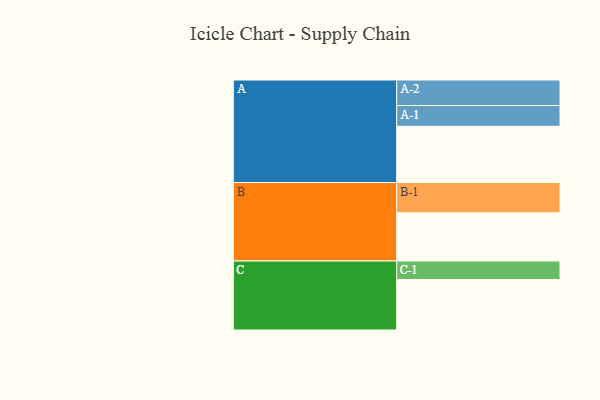
{"axis": {"x": "Segment", "y": "Value"}, "legend": ["", "A", "B", "C"], "data": [{"x": "A", "y": 379, "type": ""}, {"x": "B", "y": 325, "type": ""}, {"x": "C", "y": 340, "type": ""}, {"x": "A-1", "y": 140, "type": "A"}, {"x": "A-2", "y": 172, "type": "A"}, {"x": "B-1", "y": 204, "type": "B"}, {"x": "C-1", "y": 125, "type": "C"}]}